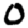
Digit: 0